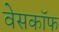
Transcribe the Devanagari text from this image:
वेसकॉफ